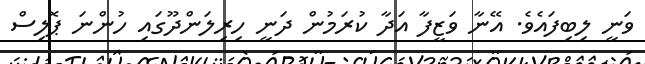
ވަނީ ލިބިފައެވެ. އޭނާ ވަޒީފާ އަދާ ކުރަމުން ދަނީ ހިރިލަންދޫގައި ހުންނަ ޕޮލިސް